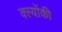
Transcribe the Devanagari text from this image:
क्ल्योंकी